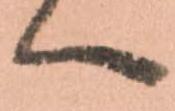
へ